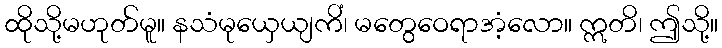
ထိုသို့မဟုတ်မူ။ နသံမုယှေယျကိံ၊ မတွေဝေရာအံ့လော။ ဣတိ၊ ဤသို့။